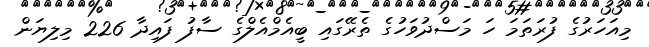
މިއަހަރުގެ ފުރަތަމަ ހަ މަސްދުވަހުގެ ތެރޭގައި ބީއެމްއެލްގެ ސާފު ފައިދާ 226 މިލިޔަން